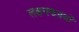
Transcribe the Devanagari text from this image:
लक्षमणग्रंथों